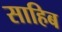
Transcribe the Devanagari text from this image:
साहिब